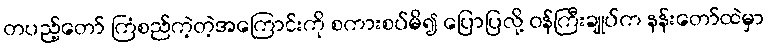
တပည့်တော် ကြံစည်ကဲ့တဲ့အကြောင်းကို စကားစပ်မိ၍ ပြောပြလို့ ဝန်ကြီးချုပ်က နန်းတော်ထဲမှာ